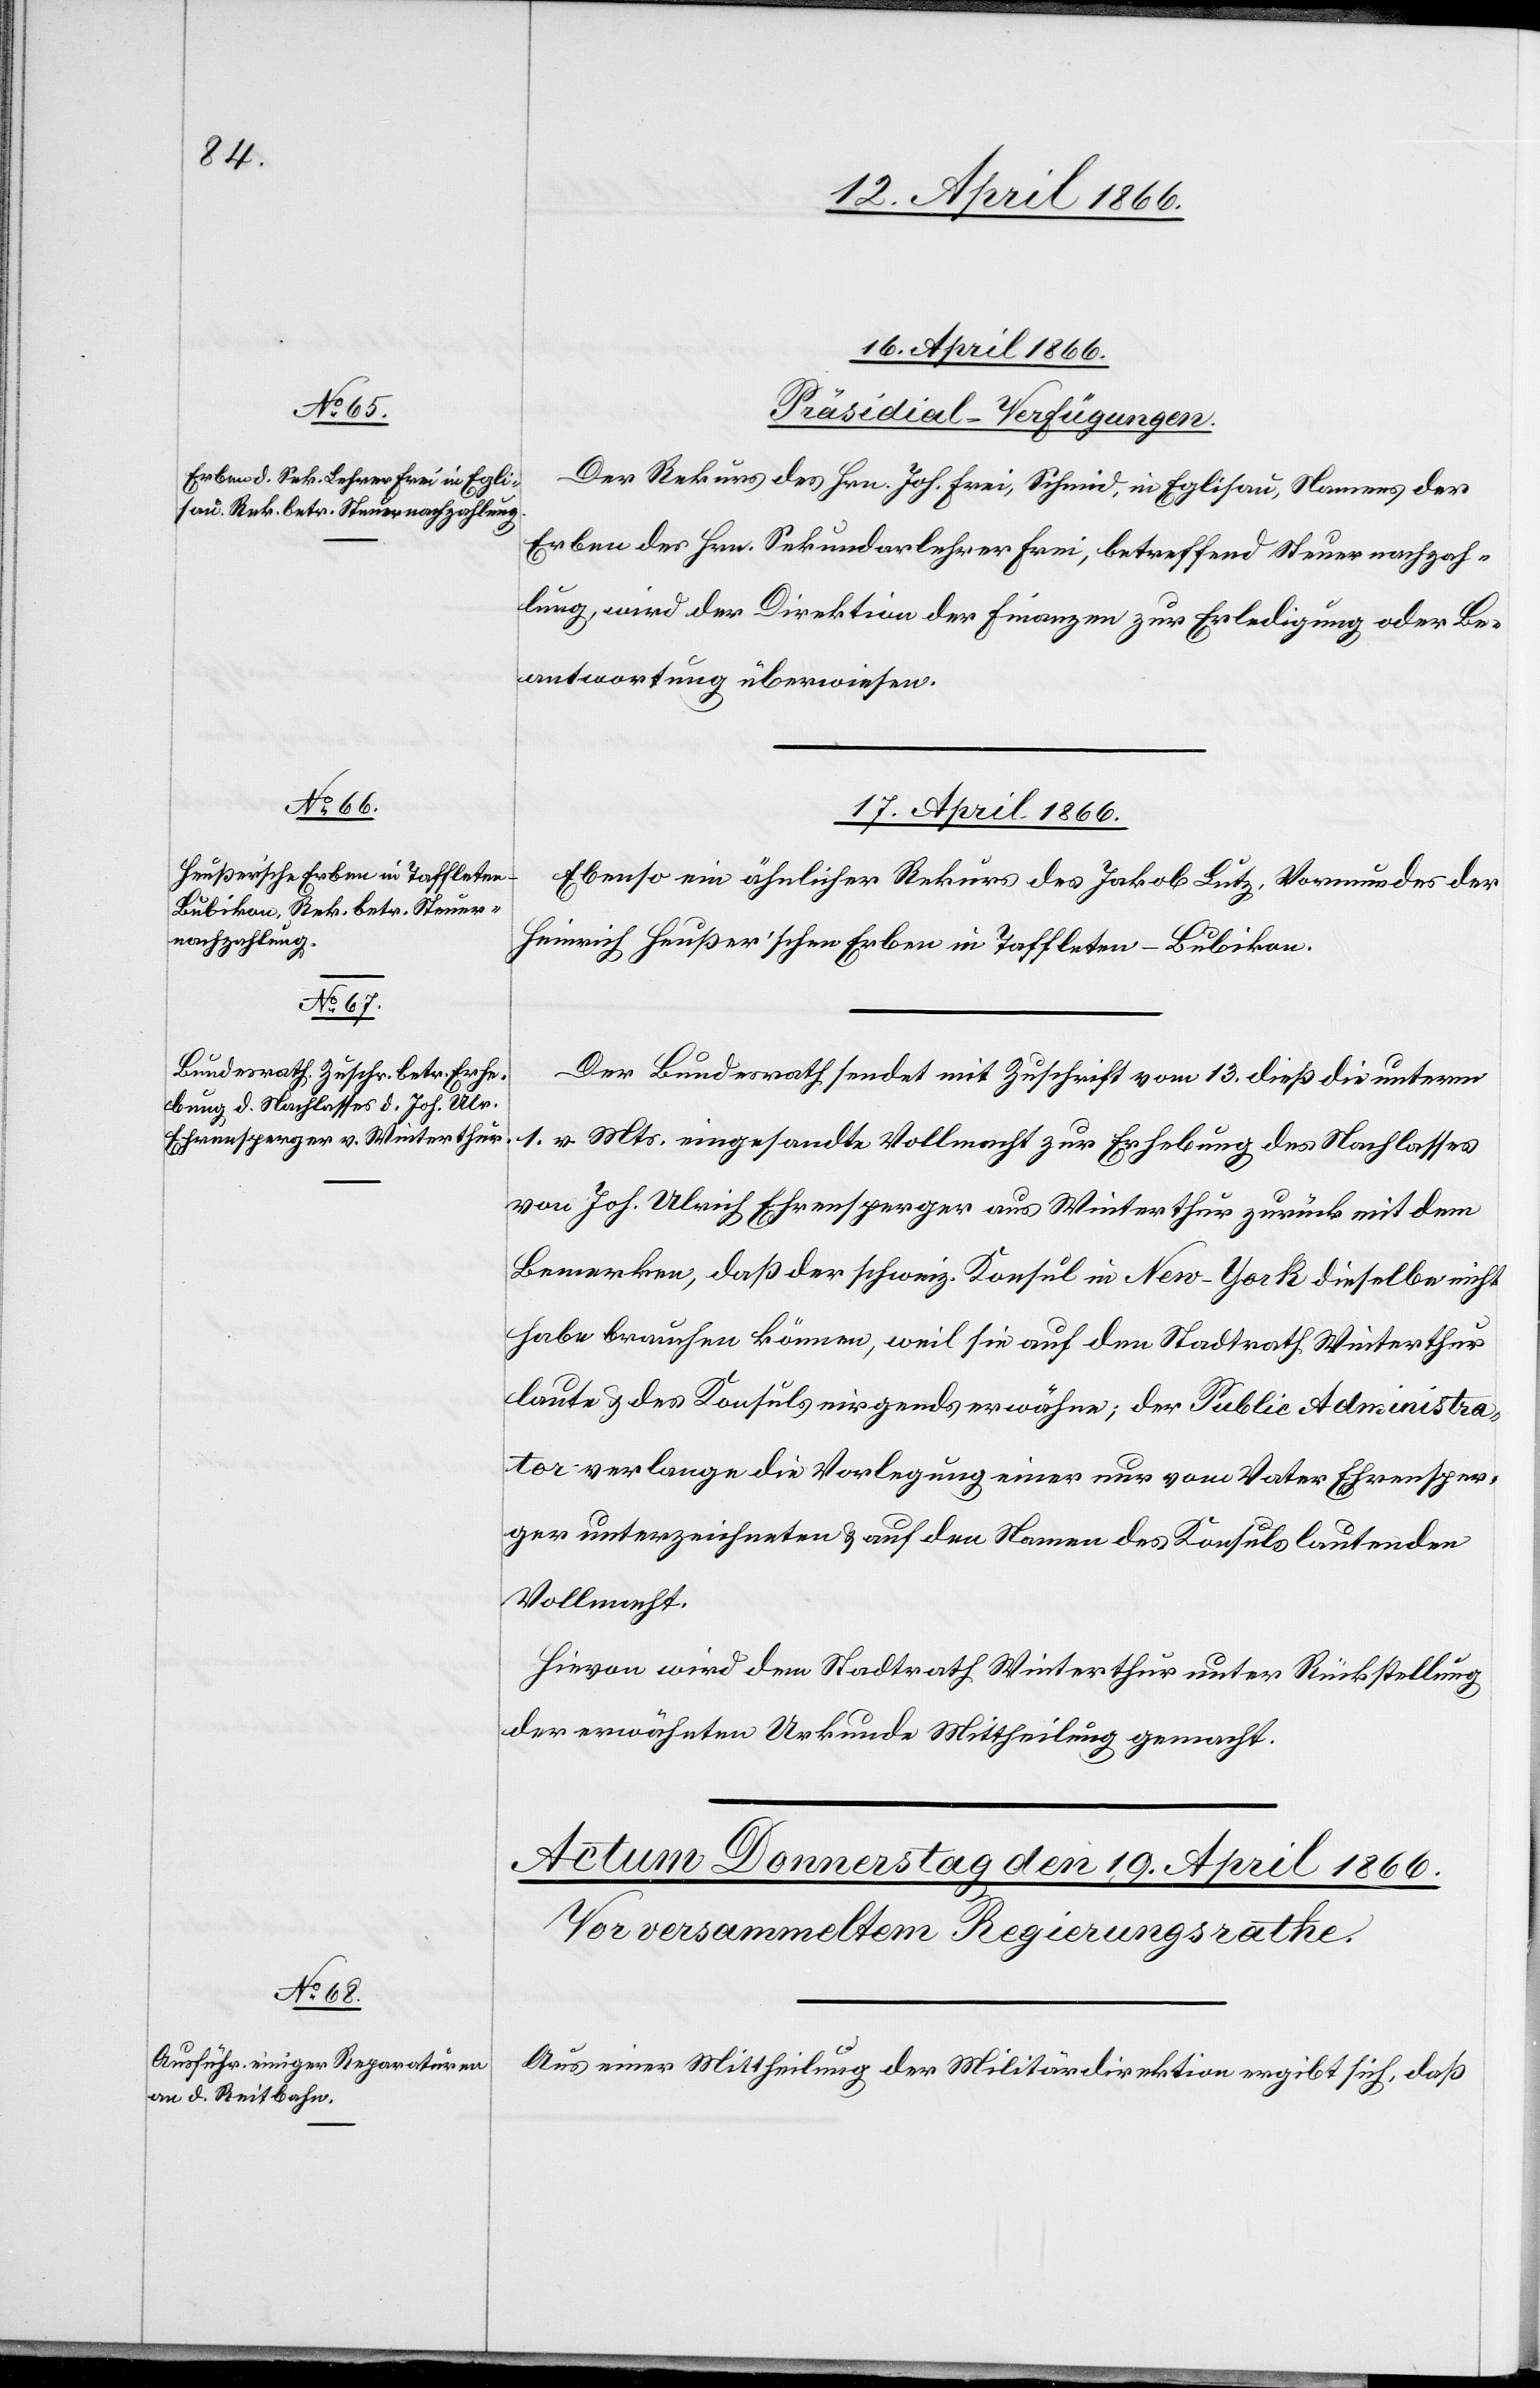
16. April 1866.
[Präsidial-Verfügungen.
Der Rekurs des Hrn. Joh. Frei, Schmid, in Eglisau, Namens der
Erben des Hrn. Sekundarlehrers Frei, betreffend Steuernachzah¬
lung, wird der Direktion der Finanzen zur Erledigung oder Be¬
antwortung überwiesen.
17. April 1866.]
Ebenso ein ähnlicher Rekurs des Jakob Lutz, Vormundes der
Heinrich Heußer’schen Erben in Taffelten-Bubikon.
Der Bundesrath sendet mit Zuschrift vom 13. dieß die unterm
1. v. Mts. eingesandte Vollmacht zur Erhebung des Nachlasses
von Joh. Ulrich Ehrensperger aus Winterthur zurück mit dem
Bemerken, daß der schweiz. Konsul in New-York dieselbe nicht
habe brauchen können, weil sie auf den Stadtrath Winterthur
laute u. des Konsuls nirgends erwähne; der Public Administra¬
tor verlange die Vorlegung einer nur vom Vater Ehrensper¬
ger unterzeichneten u. auf den Namen des Konsuls lautenden
Vollmacht.
Hievon wird dem Stadtrath Winterthur unter Rückstellung
der erwähnten Urkunde Mittheilung gemacht.
Aus einer Mittheilung der Militärdirektion ergibt sich, daß